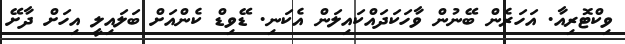
ވިކްޓޮރިއާ. އަހަރެން ބޭނުން ވާހަކަދައްކައިލަން އެކަނި. ޑޭވިޑް ކެންއަށް ބަލައިލީ އިހަށް ދާށޭ